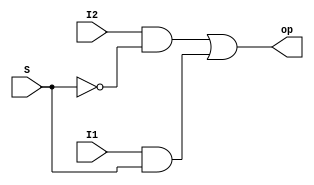
module MUX2(S,I1,I2,op);
	input S;
	input I1,I2;
	output op;
	assign op=I2&!S | I1&S ;
	// assign op=( I1 & (S0 & S1) | I2 & (S0 & !S1) | I3 & (!S0 & S1) | I4 & (!S0 & !S1) ;
endmodule

module MUX4(S0,S1,I1,I2,I3,I4,op);
	input S0,S1;
	input I1,I2,I3,I4;
	output op;
	assign op=I4&S0&S1 | I3&S0&!S1 | I2&!S0&S1 | I1&!S0&!S1 ;
	// assign op=( I1 & (S0 & S1) | I2 & (S0 & !S1) | I3 & (!S0 & S1) | I4 & (!S0 & !S1) ;
endmodule

module MUX16(S,I,op);
	input[3:0] S;
	input[15:0] I;
	output op;
	wire[3:0] w;
	MUX4 M0(S[1],S[0],I[0],I[1],I[2],I[3],w[0]);
	MUX4 M1(S[1],S[0],I[4],I[5],I[6],I[7],w[1]);
	MUX4 M2(S[1],S[0],I[8],I[9],I[10],I[11],w[2]);
	MUX4 M3(S[1],S[0],I[12],I[13],I[14],I[15],w[3]);

	MUX4 M4(S[3],S[2],w[0],w[1],w[2],w[3],op);
	
endmodule

module MUX16_2x1(S,I1,I2,op);
	input S;
	input [15:0]I1,I2;
	output [15:0]op;
	MUX2 a0(S,I1[15],I2[15],op[15]);
	MUX2 a1(S,I1[14],I2[14],op[14]);
	MUX2 a2(S,I1[13],I2[13],op[13]);
	MUX2 a3(S,I1[12],I2[12],op[12]);
	MUX2 a4(S,I1[11],I2[11],op[11]);
	MUX2 a5(S,I1[10],I2[10],op[10]);
	MUX2 a6(S,I1[9],I2[9],op[9]);
	MUX2 a7(S,I1[8],I2[8],op[8]);
	MUX2 a8(S,I1[7],I2[7],op[7]);
	MUX2 a9(S,I1[6],I2[6],op[6]);
	MUX2 a10(S,I1[5],I2[5],op[5]);
	MUX2 a11(S,I1[4],I2[4],op[4]);
	MUX2 a12(S,I1[3],I2[3],op[3]);
	MUX2 a13(S,I1[2],I2[2],op[2]);
	MUX2 a14(S,I1[1],I2[1],op[1]);
	MUX2 a15(S,I1[0],I2[0],op[0]);
endmodule

module MUX16_2x1_s(S,I1,op);
	input S;
	input [15:0]I1;
	output [15:0]op;
	MUX2 a0(S,I1[15],I1[0],op[15]);
	MUX2 a1(S,I1[14],I1[1],op[14]);
	MUX2 a2(S,I1[13],I1[2],op[13]);
	MUX2 a3(S,I1[12],I1[3],op[12]);
	MUX2 a4(S,I1[11],I1[4],op[11]);
	MUX2 a5(S,I1[10],I1[5],op[10]);
	MUX2 a6(S,I1[9],I1[6],op[9]);
	MUX2 a7(S,I1[8],I1[7],op[8]);
	MUX2 a8(S,I1[7],I1[8],op[7]);
	MUX2 a9(S,I1[6],I1[9],op[6]);
	MUX2 a10(S,I1[5],I1[10],op[5]);
	MUX2 a11(S,I1[4],I1[11],op[4]);
	MUX2 a12(S,I1[3],I1[12],op[3]);
	MUX2 a13(S,I1[2],I1[13],op[2]);
	MUX2 a14(S,I1[1],I1[14],op[1]);
	MUX2 a15(S,I1[0],I1[15],op[0]);
endmodule